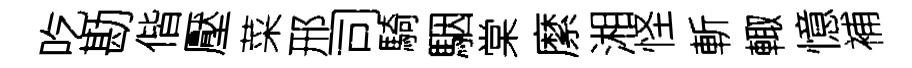
吃勘偕壓菜邢司騎駰棠縻湘怪斬輙憶補